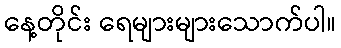
နေ့တိုင်း ရေများများသောက်ပါ။